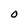
Character: 0